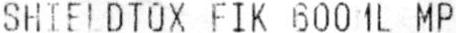
SHIELDTOX FIK 600ML MP